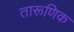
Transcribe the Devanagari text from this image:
तारूणिक